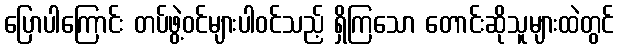
ပြောပါကြောင်း တပ်ဖွဲ့ဝင်များပါဝင်သည့် ရှိကြသော တောင်းဆိုသူများထဲတွင်